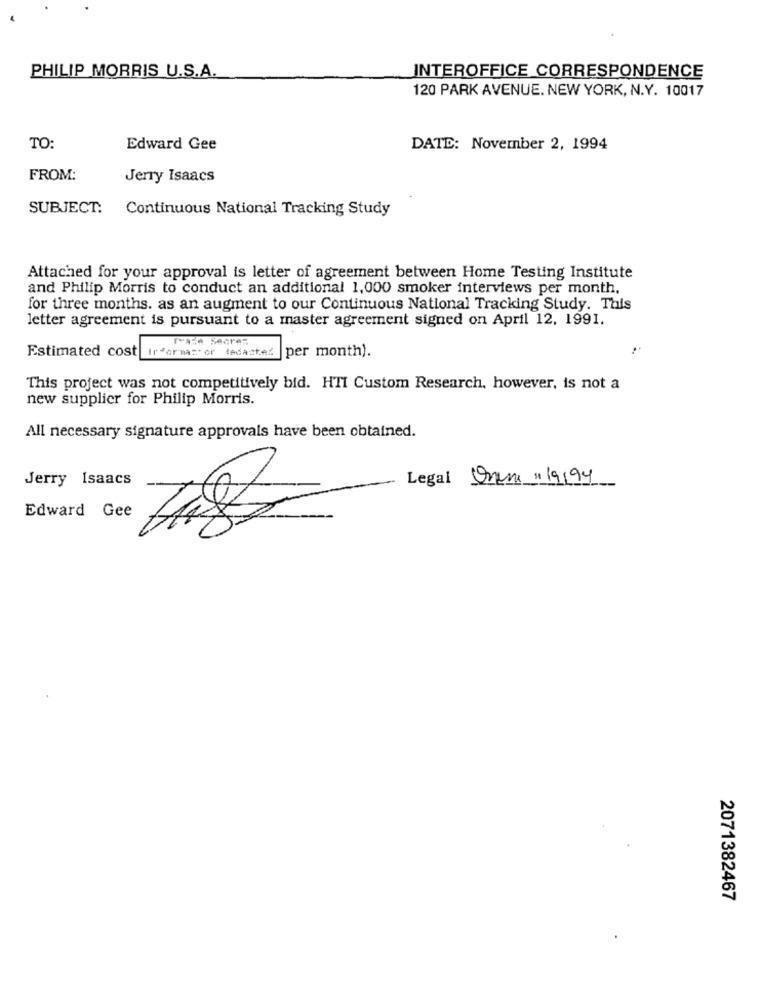
PHILIP MORRIS U.S.A.
INTEROFFICE CORRESPONDENCE
120 PARK AVENUE. NEW YORK, N.Y. 10017
TO:
Edward Gee
DATE: November 2, 1994
FROM:
Jerry Isaacs
SUBJECT: Continuous National Tracking Study
Attached for your approval is letter of agreement between Home Testing Institute
and Philip Morris to conduct an additional 1,000 smoker interviews per month,
for three months. as an augment to our Continuous National Tracking Study. This
letter agreement is pursuant to a master agreement signed on April 12, 1991.
FAL Searez
Irformastor tedasted
per month).
Estimated cost
This project was not competitively bid. HTI Custom Research, however, is not a
new supplier for Philip Morris.
All necessary signature approvals have been obtained.
Jerry Isaacs
Legal Onen : 19/94
Edward Gee
2071382467